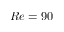
R e = 9 0